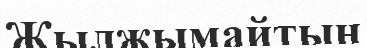
Жылжымайтын